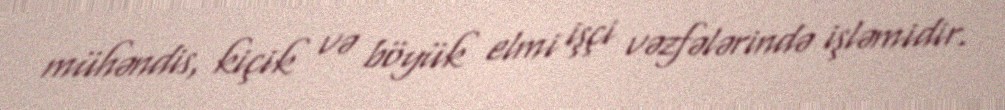
mühəndis, kiçik və böyük elmi işçi vəzfələrində işləmidir.